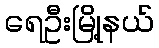
ရေဦးမြို့နယ်